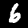
Label: 6